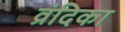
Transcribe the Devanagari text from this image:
व्रंदिका